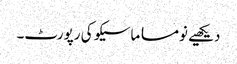
دیکھیے نومسا ماسیکو کی رپورٹ۔